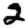
Digit: 2